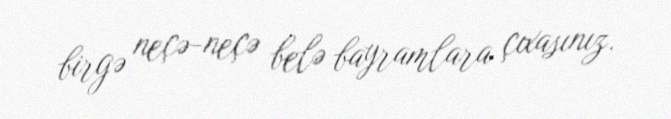
birgə neçə-neçə belə bayramlara çıxasınız.